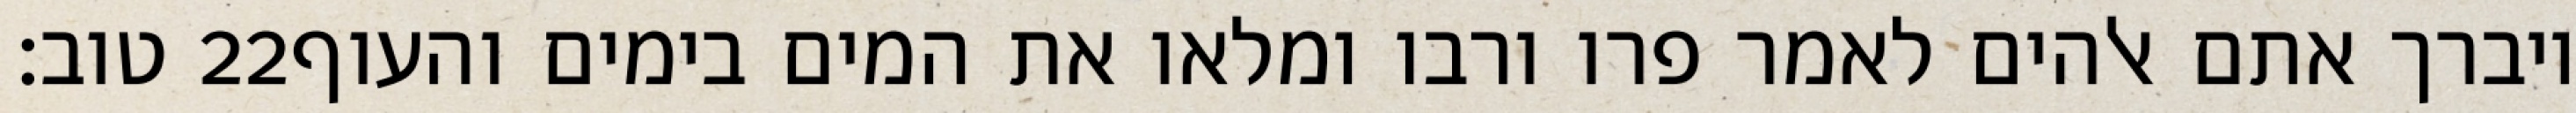
טוב׃ ‎22‏ ויברך אתם אלהים לאמר פרו ורבו ומלאו את המים בימים והעוף